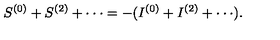
S ^ { ( 0 ) } + S ^ { ( 2 ) } + \cdot \cdot \cdot = - ( I ^ { ( 0 ) } + I ^ { ( 2 ) } + \cdot \cdot \cdot ) .